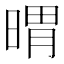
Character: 𣉌